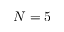
N = 5